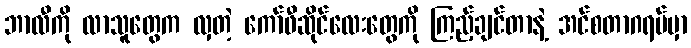
ဘာလီကို လာသူတွေက လှတဲ့ ကော်ဖီဆိုင်လေးတွေကို ကြည့်ချင်တာနဲ့ အင်စတာဂရမ်မှာ